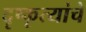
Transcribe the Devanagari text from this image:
दृष्कृत्यांचे